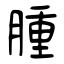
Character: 腫